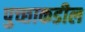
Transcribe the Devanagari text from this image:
पुच्छाकडील